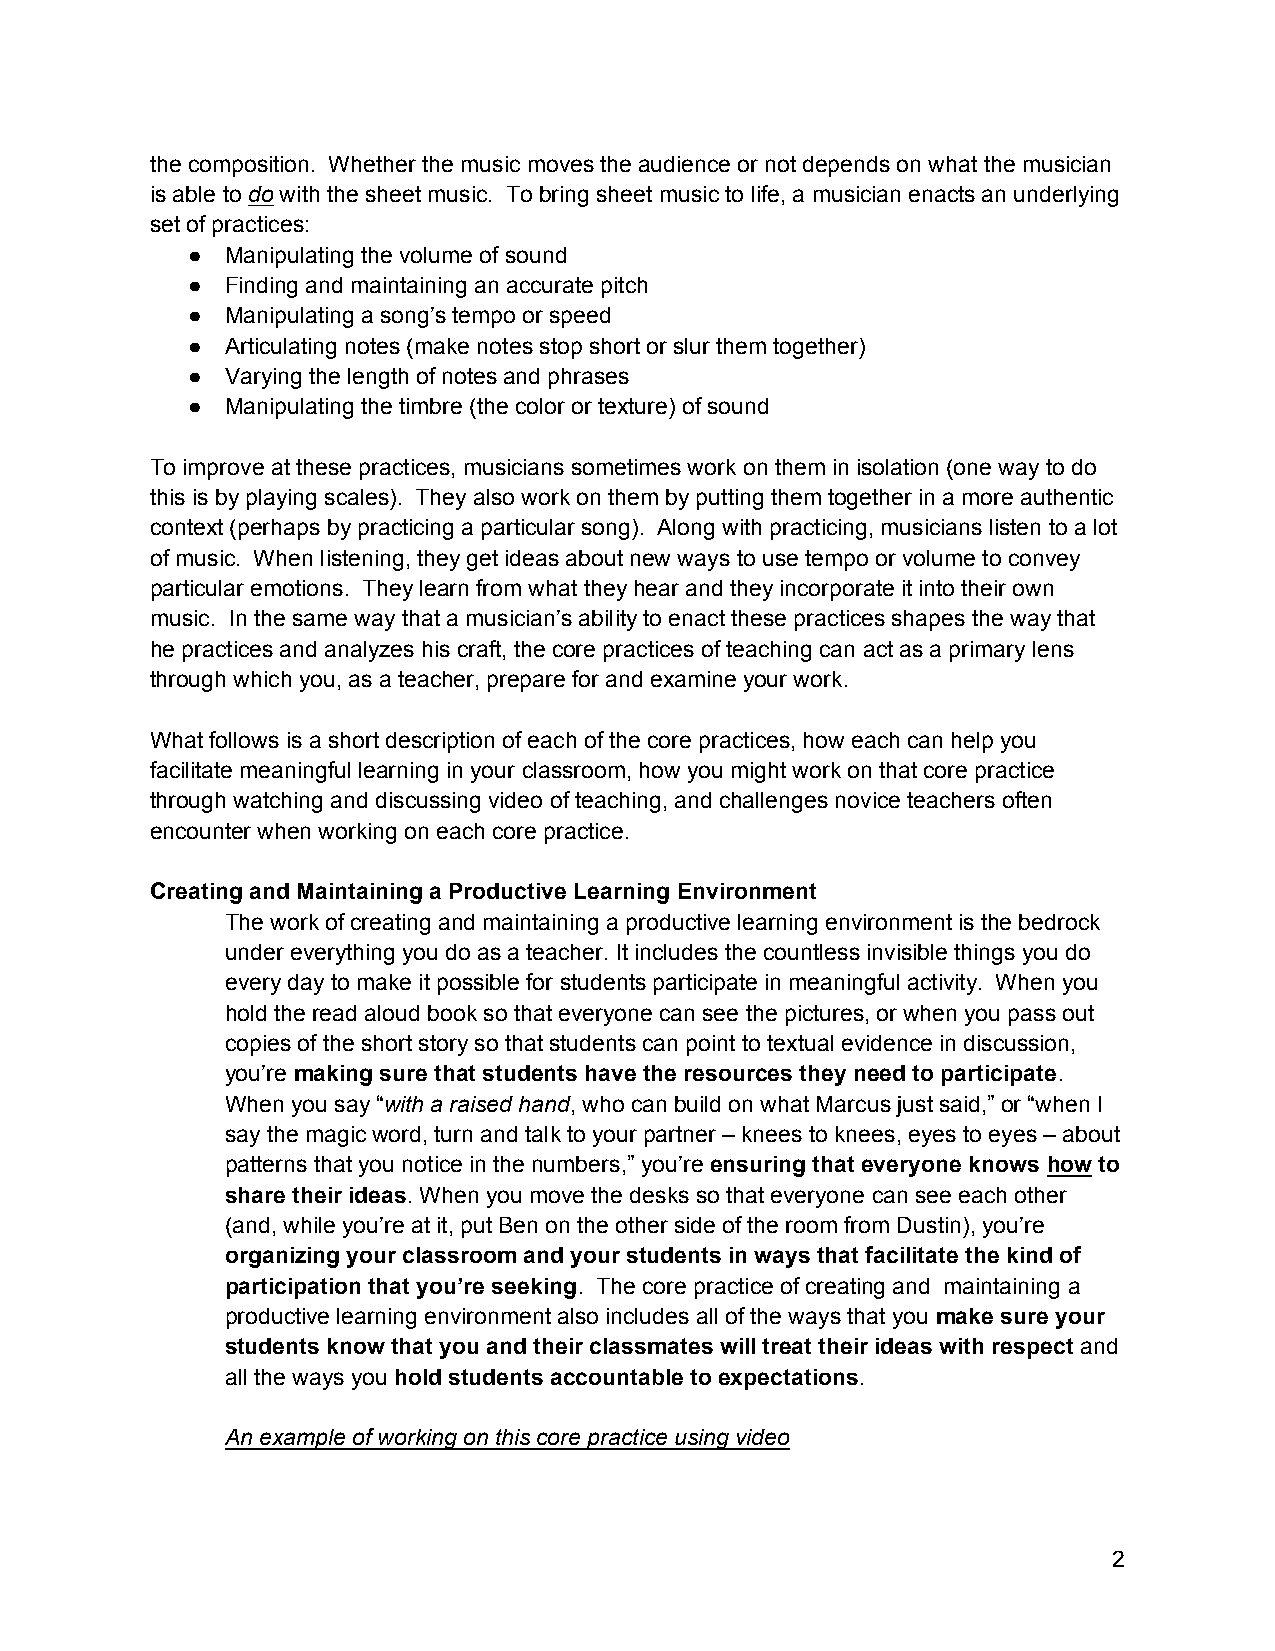
the composition. Whether the music moves the audience or not depends on what the musician
 is able to do with the sheet music. To bring sheet music to life, a musician enacts an underlying
 set of practices:
 ●  Manipulating the volume of sound
 ●  Finding and maintaining an accurate pitch
 ●  Manipulating a song’s tempo or speed
 ●  Articulating notes (make notes stop short or slur them together)
 ●  Varying the length of notes and phrases
 ●  Manipulating the timbre (the color or texture) of sound
 To improve at these practices, musicians sometimes work on them in isolation (one way to do
 this is by playing scales). They also work on them by putting them together in a more authentic
 context (perhaps by practicing a particular song). Along with practicing, musicians listen to a lot
 of music. When listening, they get ideas about new ways to use tempo or volume to convey
 particular emotions. They learn from what they hear and they incorporate it into their own
 music. In the same way that a musician’s ability to enact these practices shapes the way that
 he practices and analyzes his craft, the core practices of teaching can act as a primary lens
 through which you, as a teacher, prepare for and examine your work.
 What follows is a short description of each of the core practices, how each can help you
 facilitate meaningful learning in your classroom, how you might work on that core practice
 through watching and discussing video of teaching, and challenges novice teachers often
 encounter when working on each core practice.
 Creating and Maintaining a Productive Learning Environment
 The work of creating and maintaining a productive learning environment is the bedrock
 under everything you do as a teacher. It includes the countless invisible things you do
 every day to make it possible for students participate in meaningful activity. When you
 hold the read aloud book so that everyone can see the pictures, or when you pass out
 copies of the short story so that students can point to textual evidence in discussion,
 you’re making sure that students have the resources they need to participate.
 When you say “with a raised hand, who can build on what Marcus just said,” or “when I
 say the magic word, turn and talk to your partner – knees to knees, eyes to eyes – about
 patterns that you notice in the numbers,” you’re ensuring that everyone knows how to
 share their ideas. When you move the desks so that everyone can see each other
 (and, while you’re at it, put Ben on the other side of the room from Dustin), you’re
 organizing your classroom and your students in ways that facilitate the kind of
 participation that you’re seeking. The core practice of creating and maintaining a
 productive learning environment also includes all of the ways that you make sure your
 students know that you and their classmates will treat their ideas with respect and
 all the ways you hold students accountable to expectations.
 An example of working on this core practice using video
 2